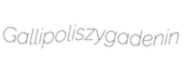
Gallipolis zygadenin